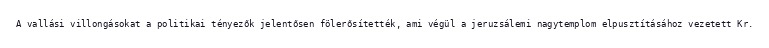
A vallási villongásokat a politikai tényezők jelentősen fölerősítették, ami végül a jeruzsálemi nagytemplom elpusztításához vezetett Kr.